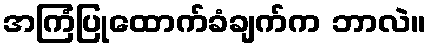
အကြံပြုထောက်ခံချက်က ဘာလဲ။